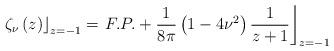
LaTeX: \begin{align*}\left. \zeta_\nu \left( z \right) \right\rfloor_{z=-1} =\left.F.P. + \frac{1}{8\pi}\left( 1-4\nu^2\right)\frac{1}{z+1}\right\rfloor_{z=-1}\end{align*}